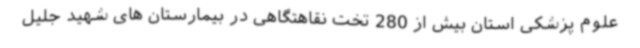
علوم پزشکی استان بیش از 280 تخت نقاهتگاهی در بیمارستان های شهید جلیل